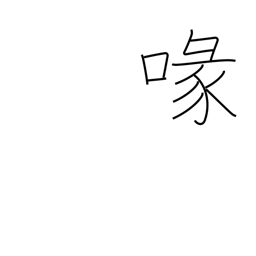
Meaning: beak